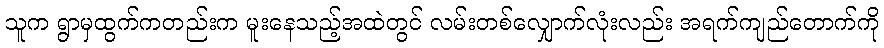
သူက ရွာမှထွက်ကတည်းက မူးနေသည့်အထဲတွင် လမ်းတစ်လျှောက်လုံးလည်း အရက်ကျည်တောက်ကို